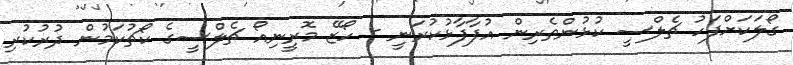
ގޯލަކަށްފަހު ޗެލްސީ ކުޅުންތެރިން އުފާފާޅުކުރަނީ - ހޯޒޭ މޮރީނިއޯ ޗެލްސީގެ ކޯޗުކަމުން ދުރުކުރި